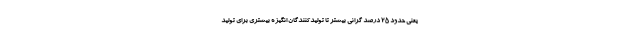
یعنی حدود ۲۵ درصد گرانی بیشتر تا تولیدکنندگان انگیزه بیشتری برای تولید